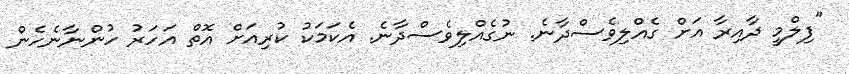
"ފިލްމީ ދާއިރާ އަށް ގެއްލިވެސްދާނެ. ނުގެއްލިވެސްދާނެ. އެކަމަކު ކުރިއަށް އޮތް އަހަރު ހުންނާނެހެން